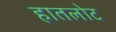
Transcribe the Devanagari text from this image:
हातलोट